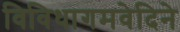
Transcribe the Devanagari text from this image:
विविधागमवेदिने